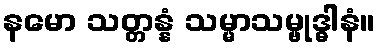
နမော သတ္တန္နံ သမ္မာသမ္ဗုဒ္ဓါနံ။